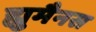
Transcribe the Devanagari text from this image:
ह्युमैनस